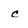
Character: c